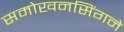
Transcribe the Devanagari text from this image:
समोखनसिंगने